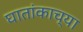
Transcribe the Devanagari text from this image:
घातांकाच्या